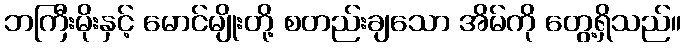
ဘကြီးမိုးနှင့် မောင်မျိုးတို့ စတည်းချသော အိမ်ကို တွေ့ရှိသည်။